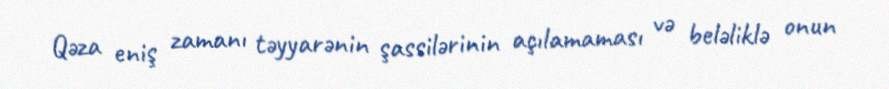
Qəza eniş zamanı təyyarənin şassilərinin açılamaması və beləliklə onun